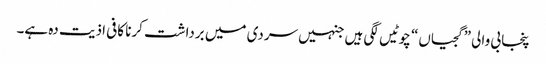
پنجابی والی ”گجیاں“ چوٹیں لگی ہیں جنہیں سردی میں برداشت کرنا کافی اذیت دہ ہے۔